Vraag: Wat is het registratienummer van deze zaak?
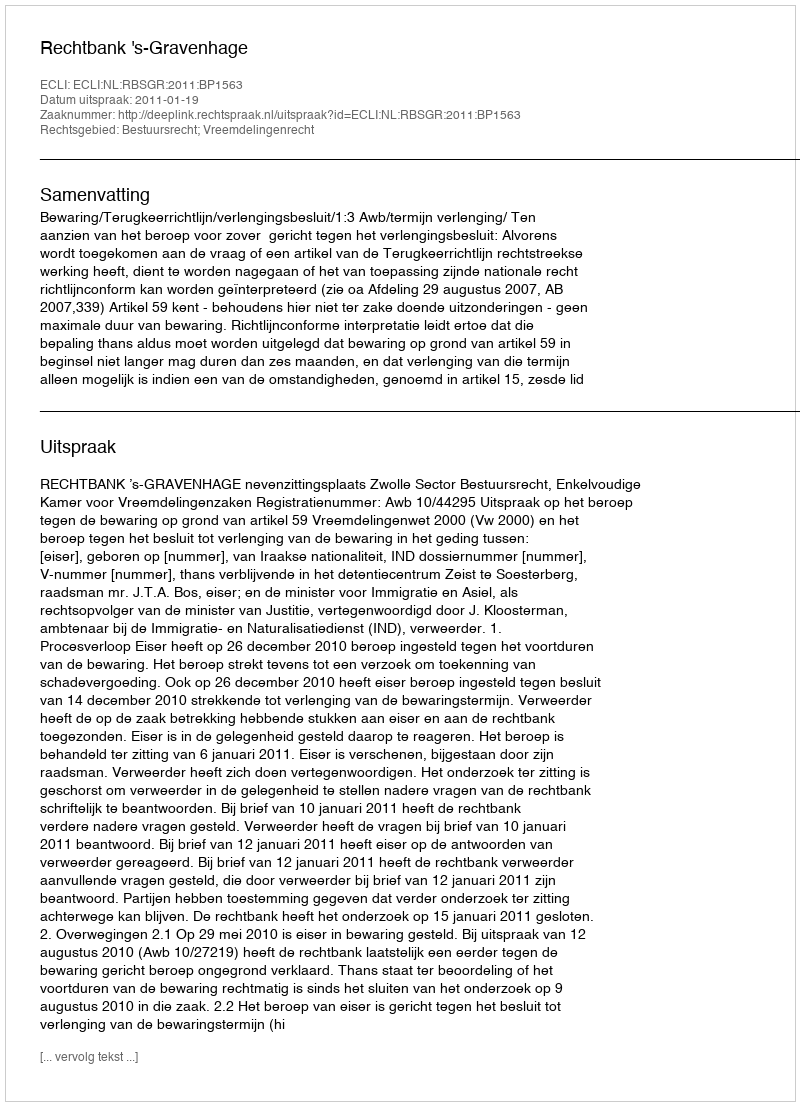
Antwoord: http://deeplink.rechtspraak.nl/uitspraak?id=ECLI:NL:RBSGR:2011:BP1563